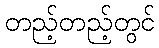
တည့်တည့်တွင်